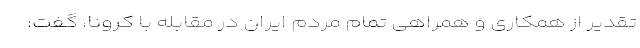
تقدیر از همکاری و همراهی تمام مردم ایران در مقابله با کرونا، گفت: